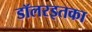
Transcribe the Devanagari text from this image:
डॉलरइतका